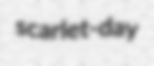
scarlet-day